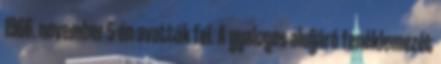
1966. november 5-én avatták fel. A gyalogos aluljáró fenéklemezét